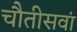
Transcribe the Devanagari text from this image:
चौतीसवां